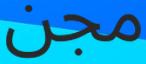
مجن